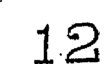
12